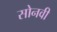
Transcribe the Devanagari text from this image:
सोनवी